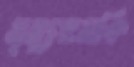
মৃত্যুহুমকি